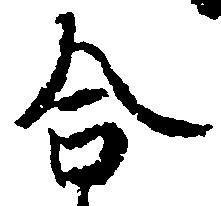
合